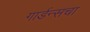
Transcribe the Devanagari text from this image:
गार्डन्सचा